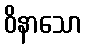
ဝိနာသော